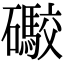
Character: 礮